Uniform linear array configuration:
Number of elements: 12
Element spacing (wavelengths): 0.75
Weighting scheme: exponential
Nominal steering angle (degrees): -30
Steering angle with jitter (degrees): -29.737
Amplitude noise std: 0.05
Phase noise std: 0.05

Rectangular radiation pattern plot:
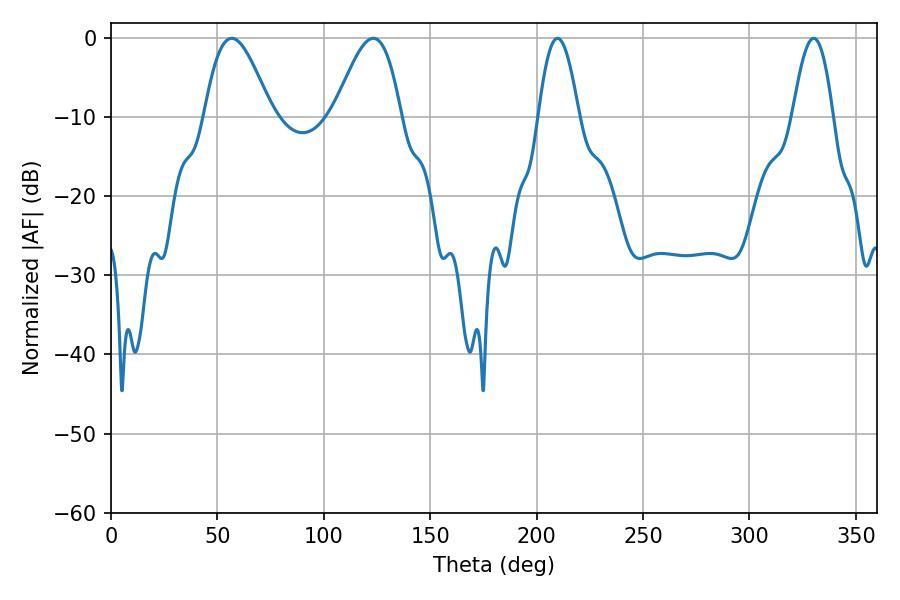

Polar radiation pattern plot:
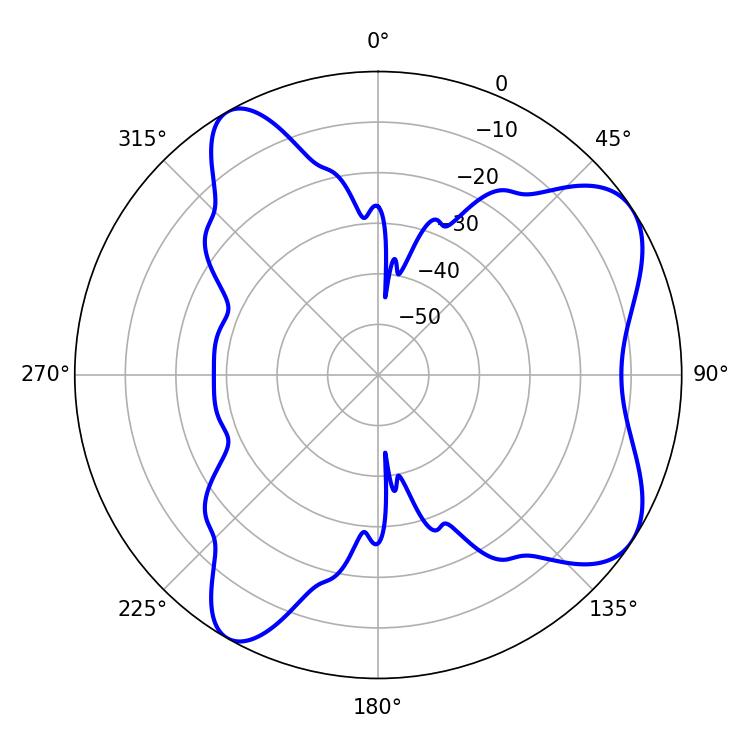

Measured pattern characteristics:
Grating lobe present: TRUE
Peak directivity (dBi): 7.261
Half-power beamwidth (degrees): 16.74
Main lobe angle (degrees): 56.7